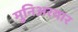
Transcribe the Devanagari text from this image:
मुनिअरयार